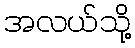
အလယ်သို့